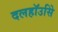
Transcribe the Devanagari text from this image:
दलहॉउसिे